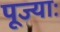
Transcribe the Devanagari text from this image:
पूज्याः